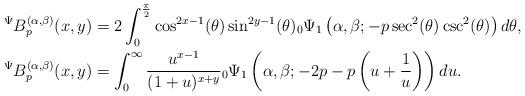
LaTeX: \begin{align*}{}^{\Psi}B_{p}^{(\alpha,\beta)}(x,y)&=2\int_{0}^{\frac{\pi}{2}} \cos^{2x-1}(\theta) \sin^{2y-1}(\theta){}_{0}\Psi_{1}\left( \alpha,\beta;-p \sec^{2}(\theta) \csc^{2}(\theta)\right)d\theta,\\{}^{\Psi}B_{p}^{(\alpha,\beta)}(x,y)&=\int_{0}^{\infty}\frac{u^{x-1}}{(1+u)^{x+y}}{}_{0}\Psi_{1}\left( \alpha,\beta;-2p-p\left( u+\frac{1}{u}\right) \right)du.\end{align*}